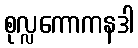
စုလ္လကောကနဒါ